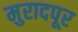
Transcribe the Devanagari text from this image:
मुरादपूर